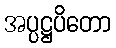
အပ္ပဋ္ဌပိတော